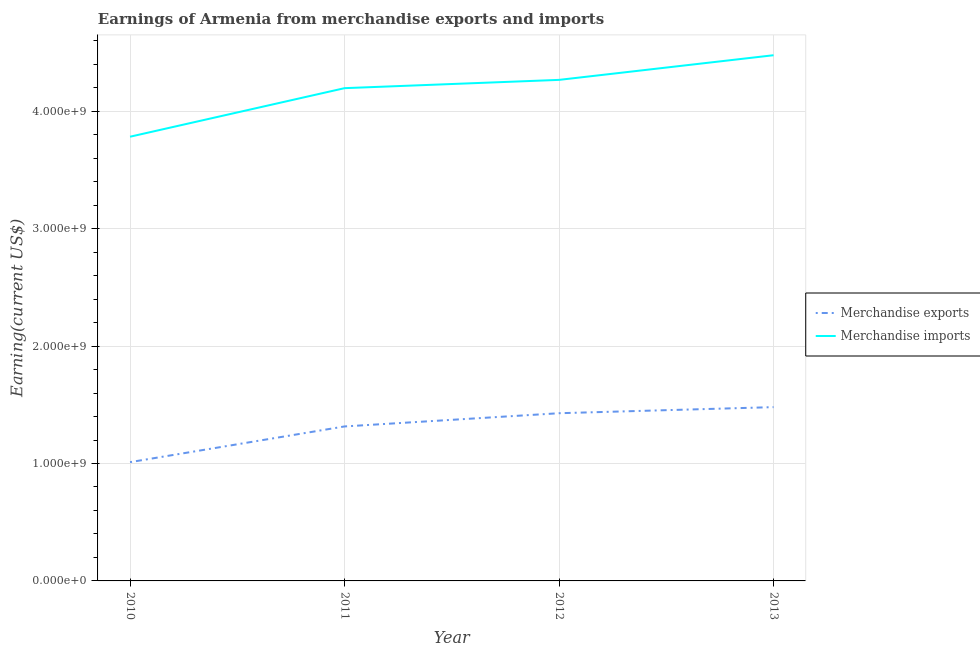
| Year | Merchandise exports | Merchandise imports |
 | --- | --- | --- |
 | 2010 | 1.01e+09 | 3.78e+09 |
 | 2011 | 1.32e+09 | 4.2e+09 |
 | 2012 | 1.43e+09 | 4.27e+09 |
 | 2013 | 1.48e+09 | 4.48e+09 |